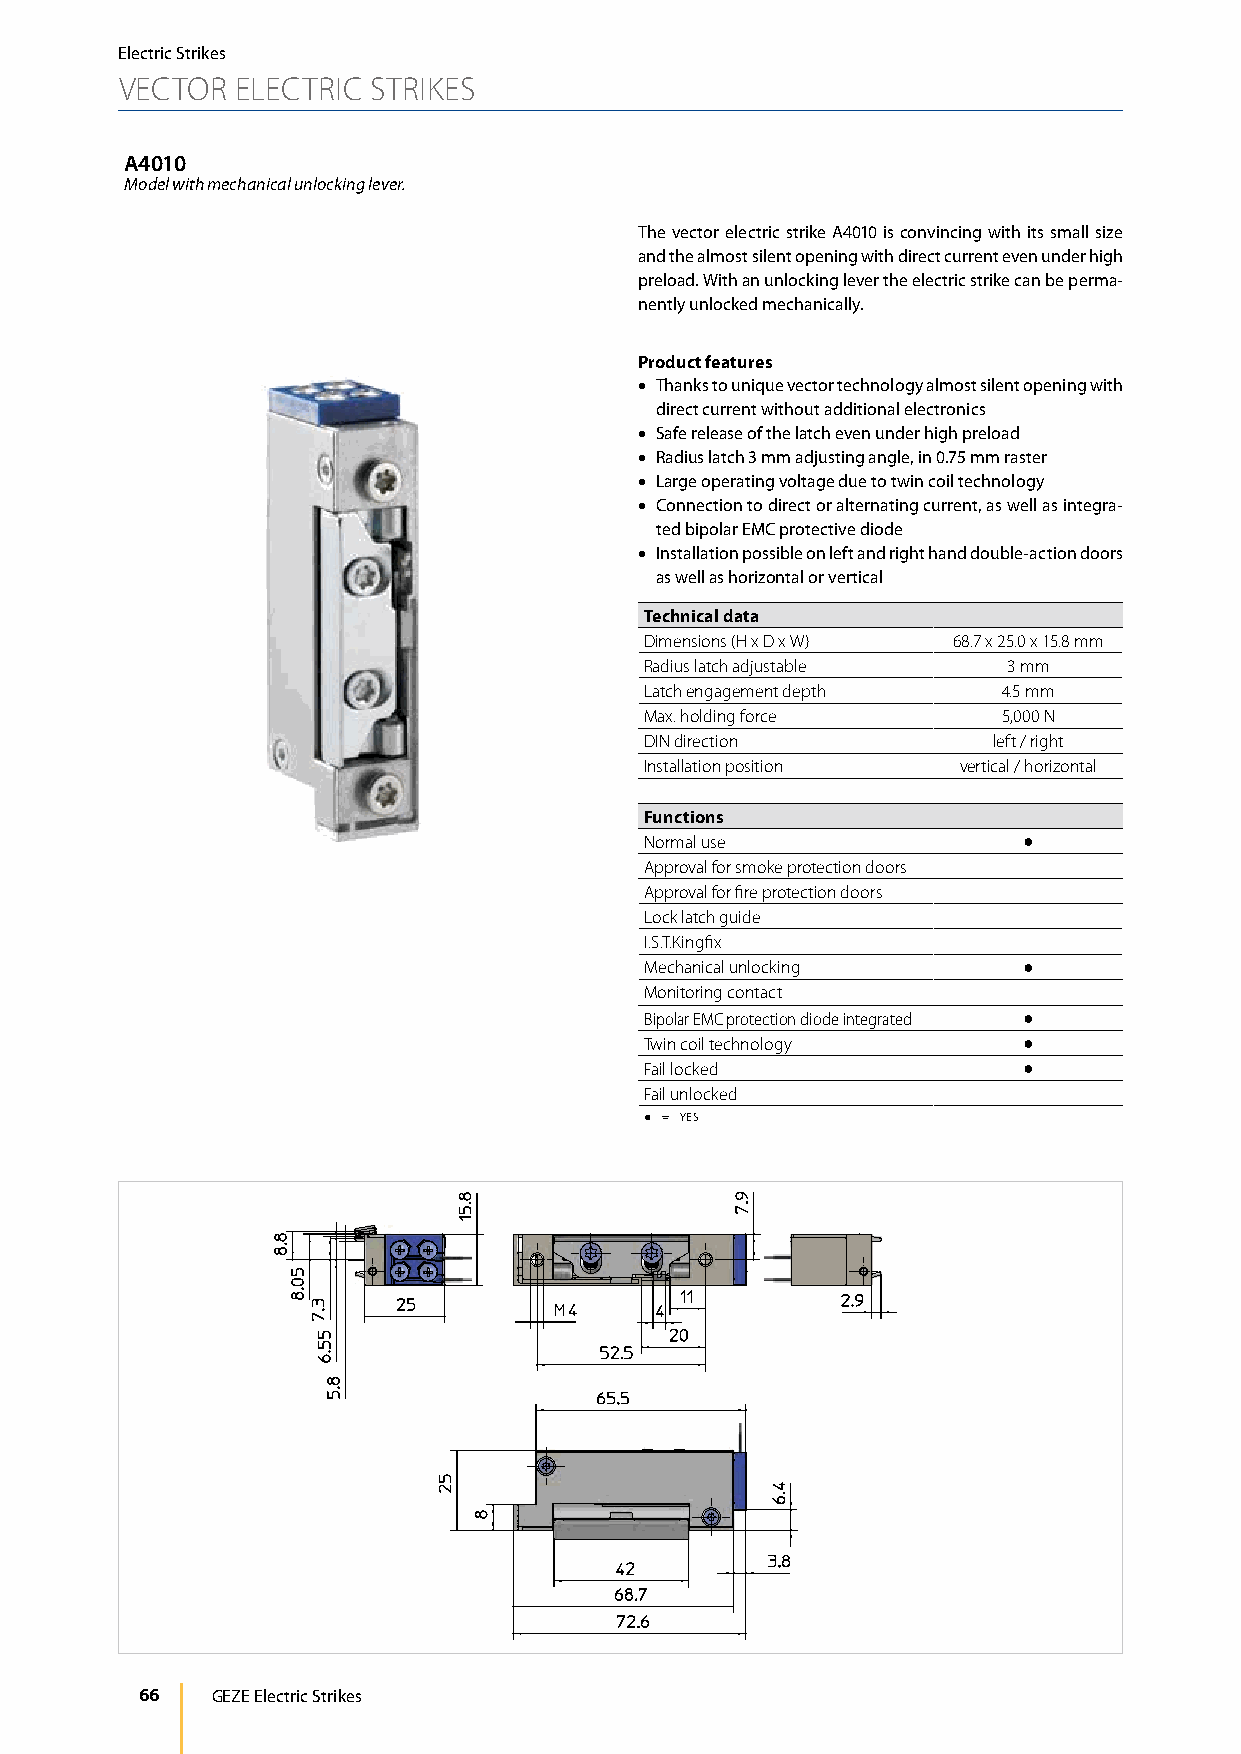
Electric Strikes
 VECTOR  ELECTRIC STRIKES
 A4010
 Model with mechanical unlocking lever.
 The vector electric strike A4010 is convincing with its small size
 and the almost silent opening with direct current even under high
 preload. With an unlocking lever the electric strike can be perma-
 nently unlocked mechanically.
 Product features
 • Thanks to unique vector technology almost silent opening with
 direct current without additional electronics
 • Safe release of the latch even under high preload
 • Radius latch 3 mm adjusting angle, in 0.75 mm raster
 • Large operating voltage due to twin coil technology
 • Connection to direct or alternating current, as well as integra-
 ted bipolar EMC protective diode
 • Installation possible on left and right hand double-action doors
 as well as horizontal or vertical
 Technical data
 Dimensions (H x D x W) 68.7 x 25.0 x 15.8 mm
 Radius latch adjustable 3 mm
 Latch engagement depth 4.5 mm
 Max. holding force     5,000 N
 DIN direction          left / right
 Installation position vertical / horizontal
 Functions
 Normal use               ●
 Approval for smoke protection doors
 Approval for fire protection doors
 Lock latch guide
 I.S.T.Kingfix
 Mechanical unlocking     ●
 Monitoring contact
 Bipolar EMC protection diode integrated ●
 Twin coil technology     ●
 Fail locked              ●
 Fail unlocked
 ● = YES
 66   GEZE Electric Strikes